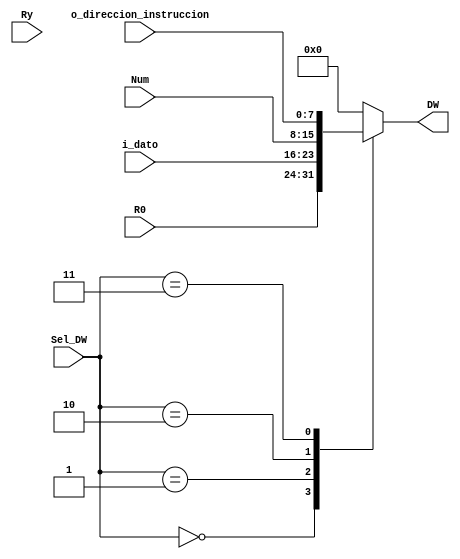
`timescale 1ns / 1ps
//////////////////////////////////////////////////////////////////////////////////
// Company: 
// Engineer: 
// 
// Design Name: 
// Module Name: selector_micro
// Project Name: 
// Target Devices: 
// Tool Versions: 
// Description: 
// 
// Dependencies: 
// 
// Revision:
// Revision 0.01 - File Created
// Additional Comments:
// 
//////////////////////////////////////////////////////////////////////////////////


module selector_micro
(
    input [2:0] Sel_DW,
    input [7:0] R0,
    input [7:0] i_dato,
    input [7:0] Num,
    input [7:0] o_direccion_instruccion,
    input [7:0] Ry,
    output reg [7:0] DW
    );
    
    always@*
        begin
            case(Sel_DW)
                3'b000 : begin DW <= R0; end
                3'b001 : begin DW <= i_dato; end
                3'b010 : begin DW <= Num; end
                3'b011 : begin DW <= o_direccion_instruccion; end
                3'b011 : begin DW <= Ry; end
                default : begin DW <= 0; end
            endcase
        end
endmodule